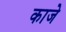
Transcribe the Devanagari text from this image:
काजे